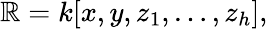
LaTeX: \mathbb{R}=k[x,y,z_{1},\ldots,z_{h}],